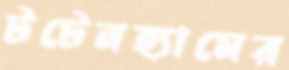
টটেনহ্যামের